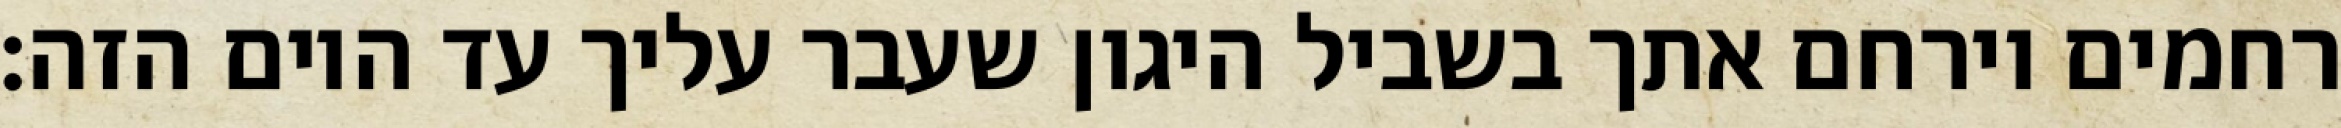
רחמים וירחם אתך בשביל היגון שעבר עליך עד היום הזה: